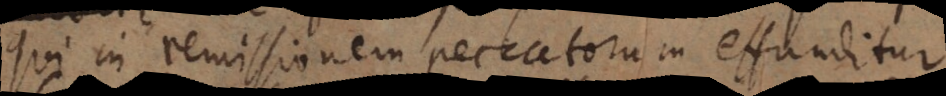
qui in remissionem peccatorum effunditur.